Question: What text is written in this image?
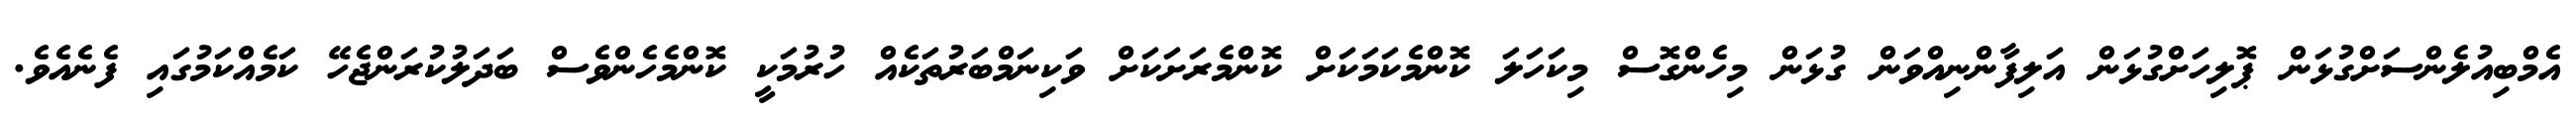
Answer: އެމްބިއުލެންސަށްގުޅަން ޕޮލިހަށްގުޅަން އަލިފާންނިއްވަން ގުޅަން މިހެންގޮސް މިކަހަލަ ކޮންމެކަމަކަށް ކޮންމެރަށަކަށް ވަކިނަމްބަރުތަކެއް ހުރުމަކީ ކޮންމެހެންވެސް ބަދަލުކުރަންޖެހޭ ކަމެއްކަމުގައި ފެނެއެވެ.